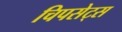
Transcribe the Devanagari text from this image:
चिपसेट्स